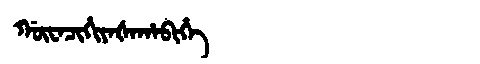
Manchu: ᡤᡡᠸᠠᠴᡳᡥᡳᠶᠠᡧᠠᡥᠠᠪᡳᡥᡝ
Romanization: GŪWACIHIYAŠAHABIHE